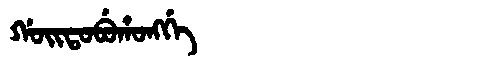
Manchu: ᡤᠣᡳᡨᠣᠪᡠᡥᠣᠩᡤᡝ
Romanization: GOITOBUHONGGE